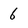
Character: 6